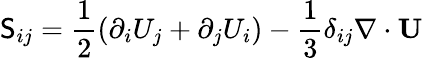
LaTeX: \mathsf{S}_{ij}=\frac{1}{2}(\partial_{i}U_{j}+\partial_{j}U_{i})-\frac{1}{3}\delta_{ij}\nabla\cdot\mathbf{U}